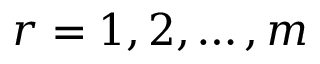
r = 1 , 2 , \hdots , m